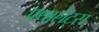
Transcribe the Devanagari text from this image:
फ्थालेट्स